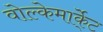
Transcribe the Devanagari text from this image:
वोल्केमार्के्ट